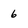
Character: 6